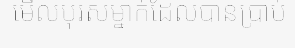
មើលបុរសម្នាក់ដែលបានប្រាប់